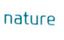
nature